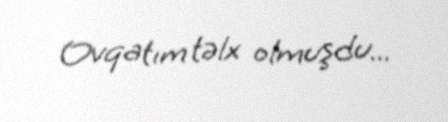
Ovqatım təlx olmuşdu...